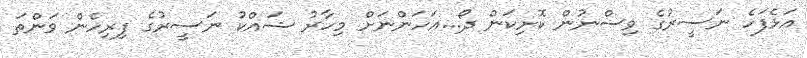
އަޅެފަހެ ނަސީރުގެ ވިސްނުން ކޮށިކަން ދޯ...އަހަންނަށް މިހާރު ޝައްކު ނަސީރުގެ ފިރިހެން ވަންތަ